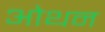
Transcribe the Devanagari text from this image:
ओथन